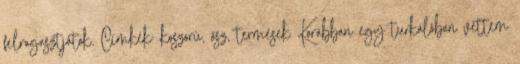
felragasztjátok. Címkék: koszorú, ősz, termések Korábban egy turkálóban vettem